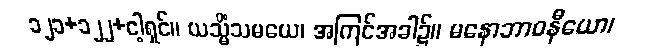
၁၂၁+၁၂၂+ငါ့ရှင်။ ယသ္မိံသမယေ၊ အကြင်အခါ၌။ မနောဘာဝနီယော၊